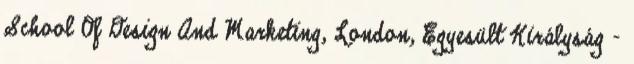
School Of Design And Marketing, London, Egyesült Királyság -